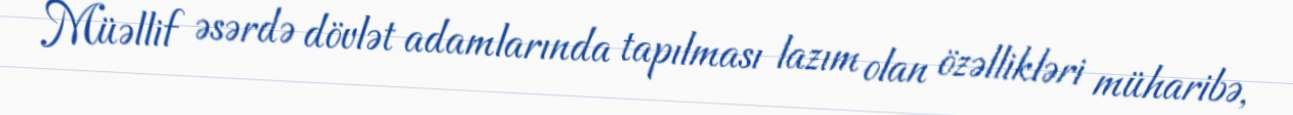
Müəllif əsərdə dövlət adamlarında tapılması lazım olan özəllikləri müharibə,